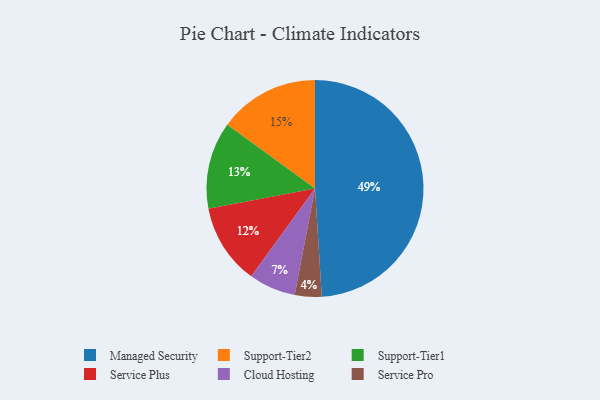
{"axis": {"x": "Category", "y": "Percentage"}, "legend": ["Cloud Hosting", "Managed Security", "Service Plus", "Service Pro", "Support-Tier1", "Support-Tier2"], "data": [{"x": "Support-Tier1", "y": 13, "type": "Support-Tier1"}, {"x": "Service Plus", "y": 12, "type": "Service Plus"}, {"x": "Service Pro", "y": 4, "type": "Service Pro"}, {"x": "Support-Tier2", "y": 15, "type": "Support-Tier2"}, {"x": "Cloud Hosting", "y": 7, "type": "Cloud Hosting"}, {"x": "Managed Security", "y": 49, "type": "Managed Security"}]}